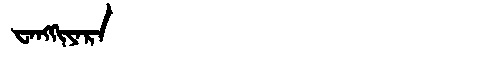
Manchu: ᠸᠠᠩᡴᡳᠶᠠᡵᠠ
Romanization: WANGKIYARA